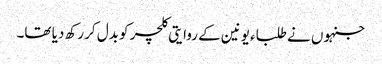
جنہوں نے طلباء یونین کے روایتی کلچر کو بدل کر رکھ دیا تھا۔